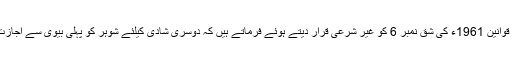
کونسل کے چیئر مین مولانا شیرانی اور دوسرے ممبران متفقہ طور پر پاکستان کے مسلم عائلی قوانین 1961ء کی شق نمبر 6 کو غیر شرعی قرار دیتے ہوئے فرماتے ہیں کہ دوسری شادی کیلئے شوہر کو پہلی بیوی سے اجازت لینے کی ضرورت نہیں” بلکہ خاوند کو دونوں بیویوں کے درمیان عدل کرنے کا کہا گیا ہے ۔